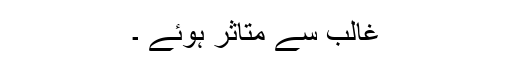
غالب سے متاثر ہوئے ۔